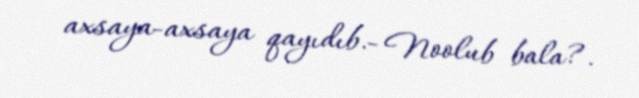
axsaya-axsaya qayıdıb.- Noolub bala?.